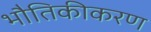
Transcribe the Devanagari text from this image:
भौतिकीकरण